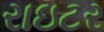
રાઇટર